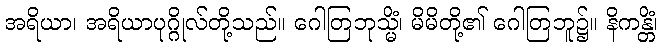
အရိယာ၊ အရိယာပုဂ္ဂိုလ်တို့သည်။ ဂေါတြဘုသ္မိံ၊ မိမိတို့၏ ဂေါတြဘူ၌။ နိကန္တိံ၊